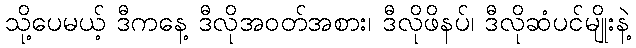
သို့ပေမယ့် ဒီကနေ့ ဒီလိုအဝတ်အစား၊ ဒီလိုဖိနပ်၊ ဒီလိုဆံပင်မျိုးနဲ့